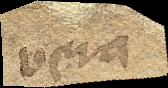
vera